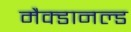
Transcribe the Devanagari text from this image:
मैक्डानल्ड